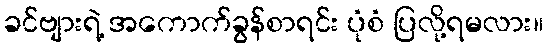
ခင်ဗျားရဲ့ အကောက်ခွန်စာရင်း ပုံစံ ပြလို့ရမလား။